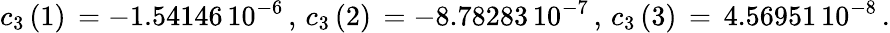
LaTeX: c_{3}\left(1\right)\, =-1.54146\, 10^{-6}\, ,\, c_{3}\left(2\right)\, =-8.78283\, 10^{-7}\, ,\, c_{3}\left(3\right)\, =\, 4.56951\, 10^{-8}\, .